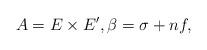
LaTeX: \begin{align*}A= E \times E', \beta = \sigma +n f,\end{align*}